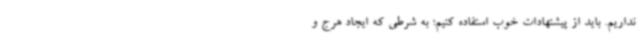
نداریم. باید از پیشنهادات خوب استفاده کنیم؛ به شرطی که ایجاد هرج و